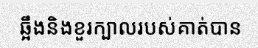
ឆ្អឹងនិងខួរក្បាលរបស់គាត់បាន